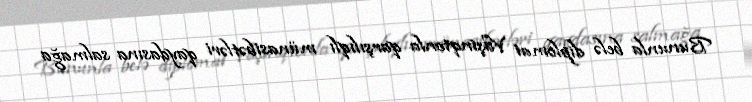
Bununla belə diplomat Vaşinqtonla qarşılıqlı münasibətləri qaydasına salmağa